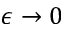
\epsilon \to 0